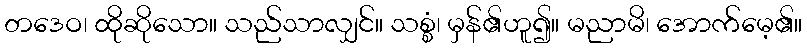
တဒေဝ၊ ထိုဆိုသော။ သည်သာလျှင်။ သစ္စံ၊ မှန်၏ဟူ၍။ မညာမိ၊ အောက်မေ့၏။